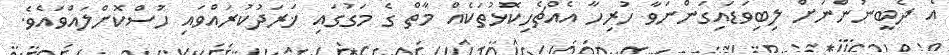
އެ ދެބީނުންނަށް ލިބިވަޑައިގަންނަވާ ހުރިހާ އެއްޗެހިކޮޅުތަކެއް މާތް ގެ މަގުގައި ޚަރަދުކުރައްވައި ހުސްކޮށްލައްވައެވެ.